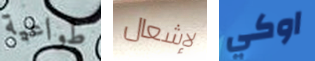
طواعية لإشعال اوكي